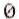
0